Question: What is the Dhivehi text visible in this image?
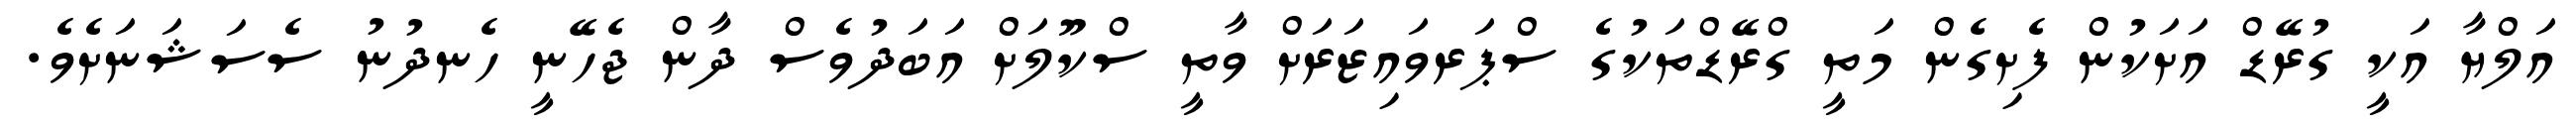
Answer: އަލްޔާ އަކީ ގުރޭޑް އަށަކުން ފެށިގެން މަތީ ގްރޭޑްތަކުގެ ސްޕަރވައިޒަރަށް ވާތީ ސްކޫލަށް އަބަދުވެސް ދާން ޖެހޭނީ ހެނދުނު ސެސަޝަނަށެވެ.